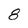
Character: 8